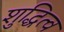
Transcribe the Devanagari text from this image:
शुद्धित्व